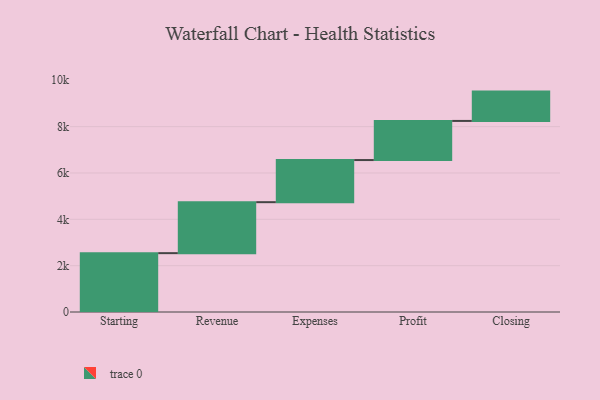
{"axis": {"x": "Step", "y": "Value"}, "legend": [""], "data": [{"x": "Starting", "y": 2540.0, "type": ""}, {"x": "Revenue", "y": 2200.0, "type": ""}, {"x": "Expenses", "y": 1818.0, "type": ""}, {"x": "Profit", "y": 1688.0, "type": ""}, {"x": "Closing", "y": 1266.0, "type": ""}]}